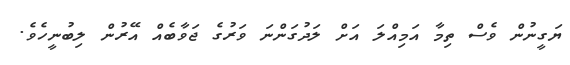
ޔަގީނުން ވެސް ތިމާ އަމިއްލަ އަށް ލަދުގަންނަ ވަރުގެ ޖަވާބެއް އޭރުން ލިބުނީހެވެ.